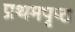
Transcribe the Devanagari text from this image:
प्रथमपृष्ठ